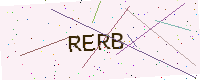
Text: RERB